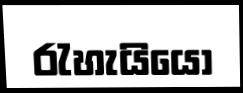
රැහැයියෝ